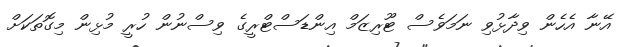
އޭނާ އެހެން ވިދާޅުވި ނަމަވެސް ޓޫރިޒަމް އިންޑަސްޓްރީގެ ވިސްނުން ހުރީ މުޅިން މިގޮތަކަށް